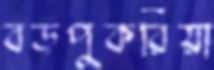
বড়পুকরিয়া